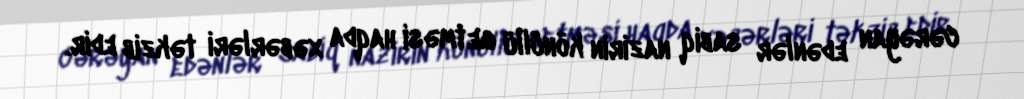
cərəyan edənlər sabiq nazirin könüllü getməsi haqda xəbərləri təkzib edir.